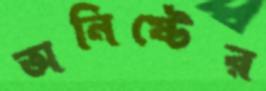
অনিষ্টের